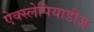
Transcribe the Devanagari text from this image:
ऐक्स्लेपियाडीज़